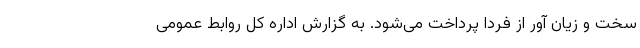
سخت و زیان آور از فردا پرداخت می‌شود. به گزارش اداره کل روابط عمومی